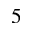
5